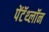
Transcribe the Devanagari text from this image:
पेंटॅथ्लॉन